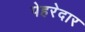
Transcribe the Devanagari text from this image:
पेहरेदार